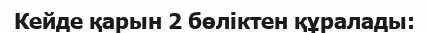
Кейде қарын 2 бөліктен құралады: